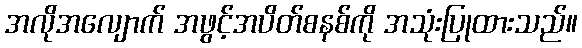
အလိုအလျောက် အဖွင့်အပိတ်စနစ်ကို အသုံးပြုထားသည်။